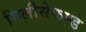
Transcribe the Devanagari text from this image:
मिलीसेकण्ड